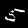
Label: 5